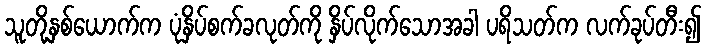
သူတို့နှစ်ယောက်က ပုံနှိပ်စက်ခလုတ်ကို နှိပ်လိုက်သောအခါ ပရိသတ်က လက်ခုပ်တီး၍